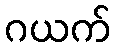
ဂယက်